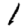
Digit: 1